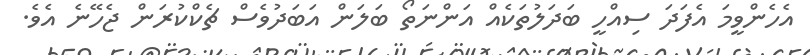
އެހެންވީމަ އެފަދަ ސިއްހީ ބަދަލުތަކެއް އަންނަތޯ ބަލަން އަބަދުވެސް ޗެކްކުރަން ޖެހޭނެ އެވެ.